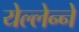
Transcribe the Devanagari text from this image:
येल्लेन्ने